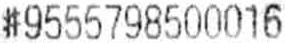
#9555798500016